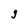
Character: g